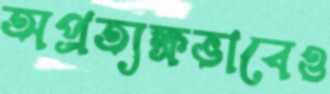
অপ্রত্যক্ষভাবেও